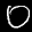
Label: 0